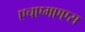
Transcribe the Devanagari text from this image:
एचएमएएस